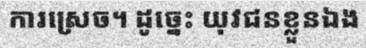
ការស្រេច។ ដូច្នេះ យុវជនខ្លួនឯង